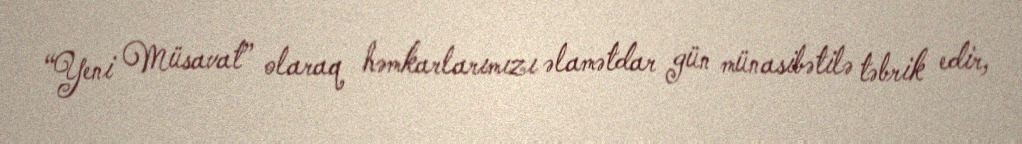
“Yeni Müsavat” olaraq həmkarlarımızı əlamətdar gün münasibətilə təbrik edir,